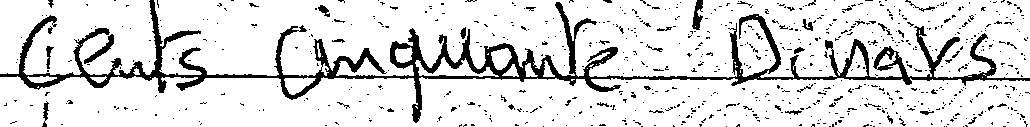
cents cinquante Dinars